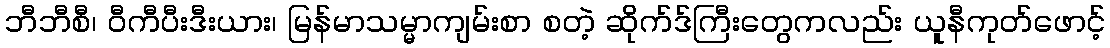
ဘီဘီစီ၊ ဝီကီပီးဒီးယား၊ မြန်မာသမ္မာကျမ်းစာ စတဲ့ ဆိုက်ဒ်ကြီးတွေကလည်း ယူနီကုတ်ဖောင့်